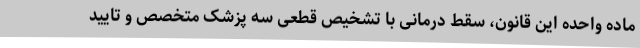
ماده واحده این قانون، سقط درمانی با تشخیص قطعی سه پزشک متخصص و تایید